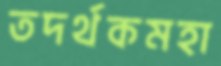
তদর্থকমহা